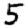
Digit: 5